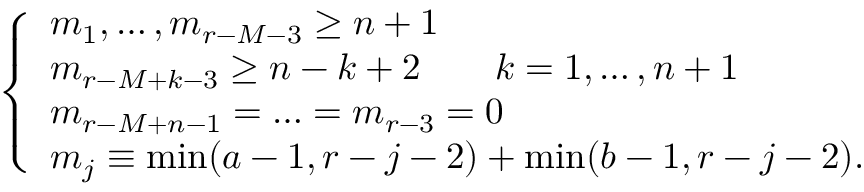
\left\{ \begin{array} { l } { { m _ { 1 } , \ldots , m _ { r - M - 3 } \geq n + 1 } } \\ { { m _ { r - M + k - 3 } \geq n - k + 2 \qquad k = 1 , \ldots , n + 1 } } \\ { { m _ { r - M + n - 1 } = \ldots = m _ { r - 3 } = 0 } } \\ { { m _ { j } \equiv \operatorname * { m i n } ( a - 1 , r - j - 2 ) + \operatorname * { m i n } ( b - 1 , r - j - 2 ) . } } \end{array} \right.